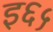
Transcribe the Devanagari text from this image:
इ६५